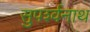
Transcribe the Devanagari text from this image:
सुपर्श्‍वनाथ